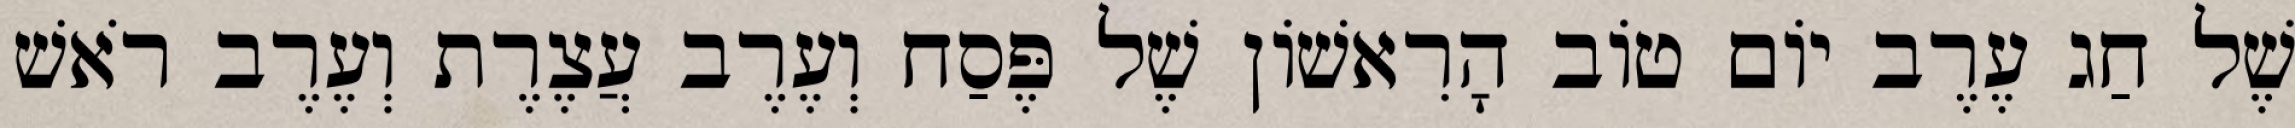
שֶׁל חַג עֶרֶב יוֹם טוֹב הָרִאשׁוֹן שֶׁל פֶּסַח וְעֶרֶב עֲצֶרֶת וְעֶרֶב רֹאשׁ